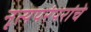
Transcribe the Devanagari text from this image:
नृत्यपरंपरांचे